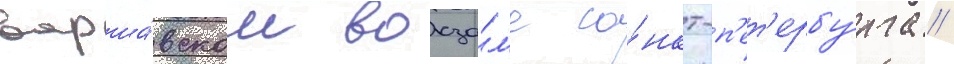
варша́вском вокза́л'е са́нкт-п'ет'ербу́рга /